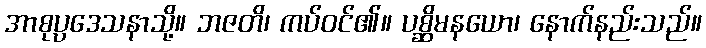
အာစုပ္ပဒေသနာသို့။ ဘဇတိ၊ ကပ်ဝင်၏။ ပစ္ဆိမနယော၊ နောက်နည်းသည်။